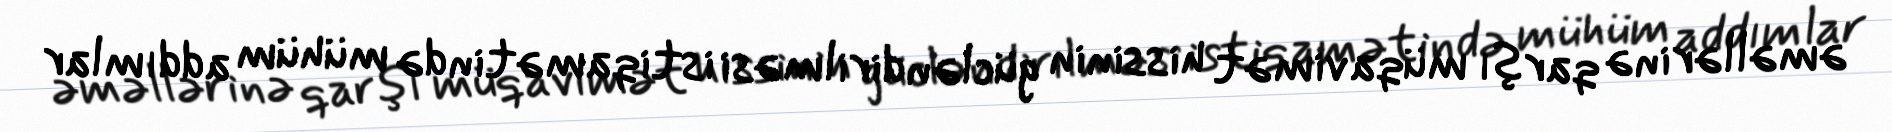
əməllərinə qarşı müqavimət hissinin gücləndirilməsi istiqamətində mühüm addımlar